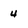
Character: 4